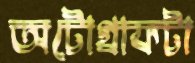
অটোগ্রাফটা